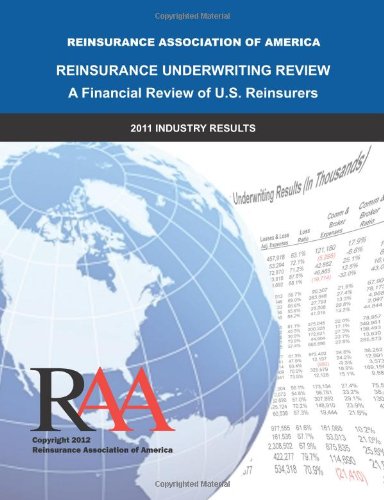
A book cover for Reinsurance Underwriting Review - A Financial Review of U.S. Reinsurers: 2011 Industry Results; Reinsurance Association of America; Business & Money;